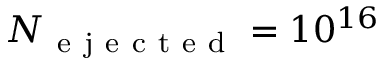
N _ { \mathrm { ~ e ~ j ~ e ~ c ~ t ~ e ~ d ~ } } = 1 0 ^ { 1 6 }